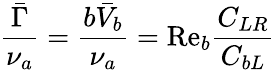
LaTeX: \frac{\bar{\Gamma}}{\nu_{a}}=\frac{b\bar{V}_{b}}{\nu_{a}}=\mathrm{Re}_{b}\frac{C_{LR}}{C_{bL}}